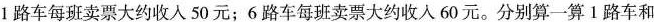
1路车每班卖票大约收入50元；6路车每班卖票大约收人60元。分别算一算1路车和